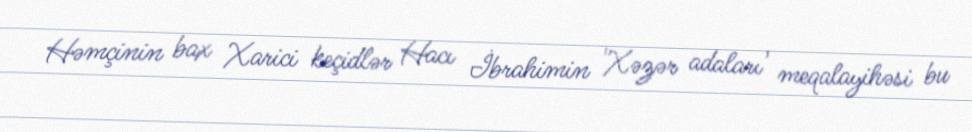
Həmçinin bax Xarici keçidlər Hacı İbrahimin 'Xəzər adaları' meqalayihəsi bu